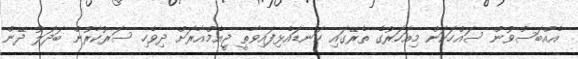
އެއްބަސްވުން ސައްހަކަން މިއަހަރުގެ ތެރޭގައި ކަނޑައެޅިފައިވާތީ ޖީއެމްއާރަށް ދިވެހި ސަރުކާރުން ބަދަލު ދޭން